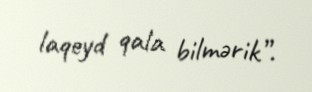
laqeyd qala bilmərik”.